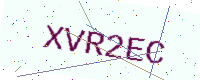
Text: XVR2EC